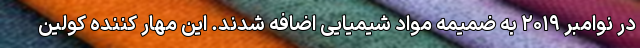
در نوامبر ۲۰۱۹ به ضمیمه مواد شیمیایی اضافه شدند. این مهار کننده کولین